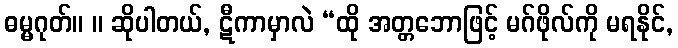
ဓမ္မဂုတ်။ ။ ဆိုပါတယ်, ဋီကာမှာလဲ “ထို အတ္တဘောဖြင့် မဂ်ဖိုလ်ကို မရနိုင်,